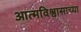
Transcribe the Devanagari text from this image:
आत्मविश्वासाच्या